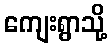
ကျေးရွာသို့